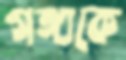
গঙ্গাকে